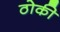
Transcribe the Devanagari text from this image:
ठोकी